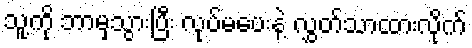
သူ့ကို ဘာမှသွားပြီး လုပ်မပေးနဲ့ လွှတ်သာထားလိုက်